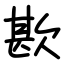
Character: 歁